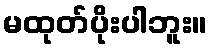
မထုတ်ပိုးပါဘူး။